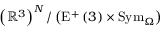
\left( \mathbb { R } ^ { 3 } \right) ^ { N } / \left( \mathrm { E } ^ { + } \left( 3 \right) \times \mathrm { S y m } _ { \Omega } \right)